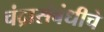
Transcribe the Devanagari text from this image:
चंद्रासंबंधीचे